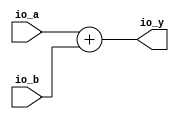
module ALU( // @[:@3.2]
  input  [5:0] io_a, // @[:@6.4]
  input  [5:0] io_b, // @[:@6.4]
  output [5:0] io_y // @[:@6.4]
);
  wire [6:0] arith_result; // @[ALU.scala 26:26:@17.6]
  assign arith_result = io_a + io_b; // @[ALU.scala 26:26:@17.6]
  assign io_y = arith_result[5:0]; // @[ALU.scala 28:10:@23.6 ALU.scala 32:10:@35.8 ALU.scala 34:10:@41.10 ALU.scala 36:10:@47.12 ALU.scala 38:10:@53.14 ALU.scala 40:10:@59.16 ALU.scala 42:10:@62.16]
endmodule
module Register( // @[:@78.2]
  input        clock, // @[:@79.4]
  input  [5:0] io_in, // @[:@81.4]
  output [5:0] io_out // @[:@81.4]
);
  reg [5:0] reg$; // @[Reg.scala 11:16:@83.4]
  reg [31:0] _RAND_0;
  assign io_out = reg$; // @[Register.scala 15:10:@87.4]
`ifdef RANDOMIZE_GARBAGE_ASSIGN
`define RANDOMIZE
`endif
`ifdef RANDOMIZE_INVALID_ASSIGN
`define RANDOMIZE
`endif
`ifdef RANDOMIZE_REG_INIT
`define RANDOMIZE
`endif
`ifdef RANDOMIZE_MEM_INIT
`define RANDOMIZE
`endif
`ifndef RANDOM
`define RANDOM $random
`endif
`ifdef RANDOMIZE
  integer initvar;
  initial begin
    `ifdef INIT_RANDOM
      `INIT_RANDOM
    `endif
    `ifndef VERILATOR
      #0.002 begin end
    `endif
  `ifdef RANDOMIZE_REG_INIT
  _RAND_0 = {1{`RANDOM}};
  reg$ = _RAND_0[5:0];
  `endif // RANDOMIZE_REG_INIT
  end
`endif // RANDOMIZE
  always @(posedge clock) begin
    reg$ <= io_in;
  end
endmodule
module Accumulate( // @[:@89.2]
  input        clock, // @[:@90.4]
  input        reset, // @[:@91.4]
  input  [5:0] io_x, // @[:@92.4]
  output [5:0] io_s // @[:@92.4]
);
  wire [5:0] alu_io_a; // @[Accumulate.scala 13:19:@94.4]
  wire [5:0] alu_io_b; // @[Accumulate.scala 13:19:@94.4]
  wire [5:0] alu_io_y; // @[Accumulate.scala 13:19:@94.4]
  wire  reg$_clock; // @[Accumulate.scala 14:19:@97.4]
  wire [5:0] reg$_io_in; // @[Accumulate.scala 14:19:@97.4]
  wire [5:0] reg$_io_out; // @[Accumulate.scala 14:19:@97.4]
  ALU alu ( // @[Accumulate.scala 13:19:@94.4]
    .io_a(alu_io_a),
    .io_b(alu_io_b),
    .io_y(alu_io_y)
  );
  Register reg$ ( // @[Accumulate.scala 14:19:@97.4]
    .clock(reg$_clock),
    .io_in(reg$_io_in),
    .io_out(reg$_io_out)
  );
  assign io_s = reg$_io_out; // @[Accumulate.scala 28:8:@112.4]
  assign alu_io_a = io_x; // @[Accumulate.scala 18:12:@102.4]
  assign alu_io_b = reset ? 6'h0 : reg$_io_out; // @[Accumulate.scala 22:14:@106.6 Accumulate.scala 25:14:@110.6]
  assign reg$_clock = clock; // @[:@98.4]
  assign reg$_io_in = reset ? io_x : alu_io_y; // @[Accumulate.scala 21:15:@105.6 Accumulate.scala 24:15:@109.6]
endmodule